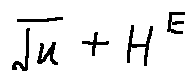
\sqrt { u } + H ^ { E }